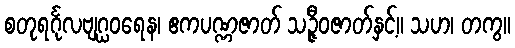
စတုရင်္ဂုလဗျဂ္ဃဝရေန၊ ဧကပဏ္ဏဇာတ် သဉ္ဇီဝဇာတ်နှင့်။ သဟ၊ တကွ။